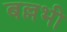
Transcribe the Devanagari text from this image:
बल्लभी